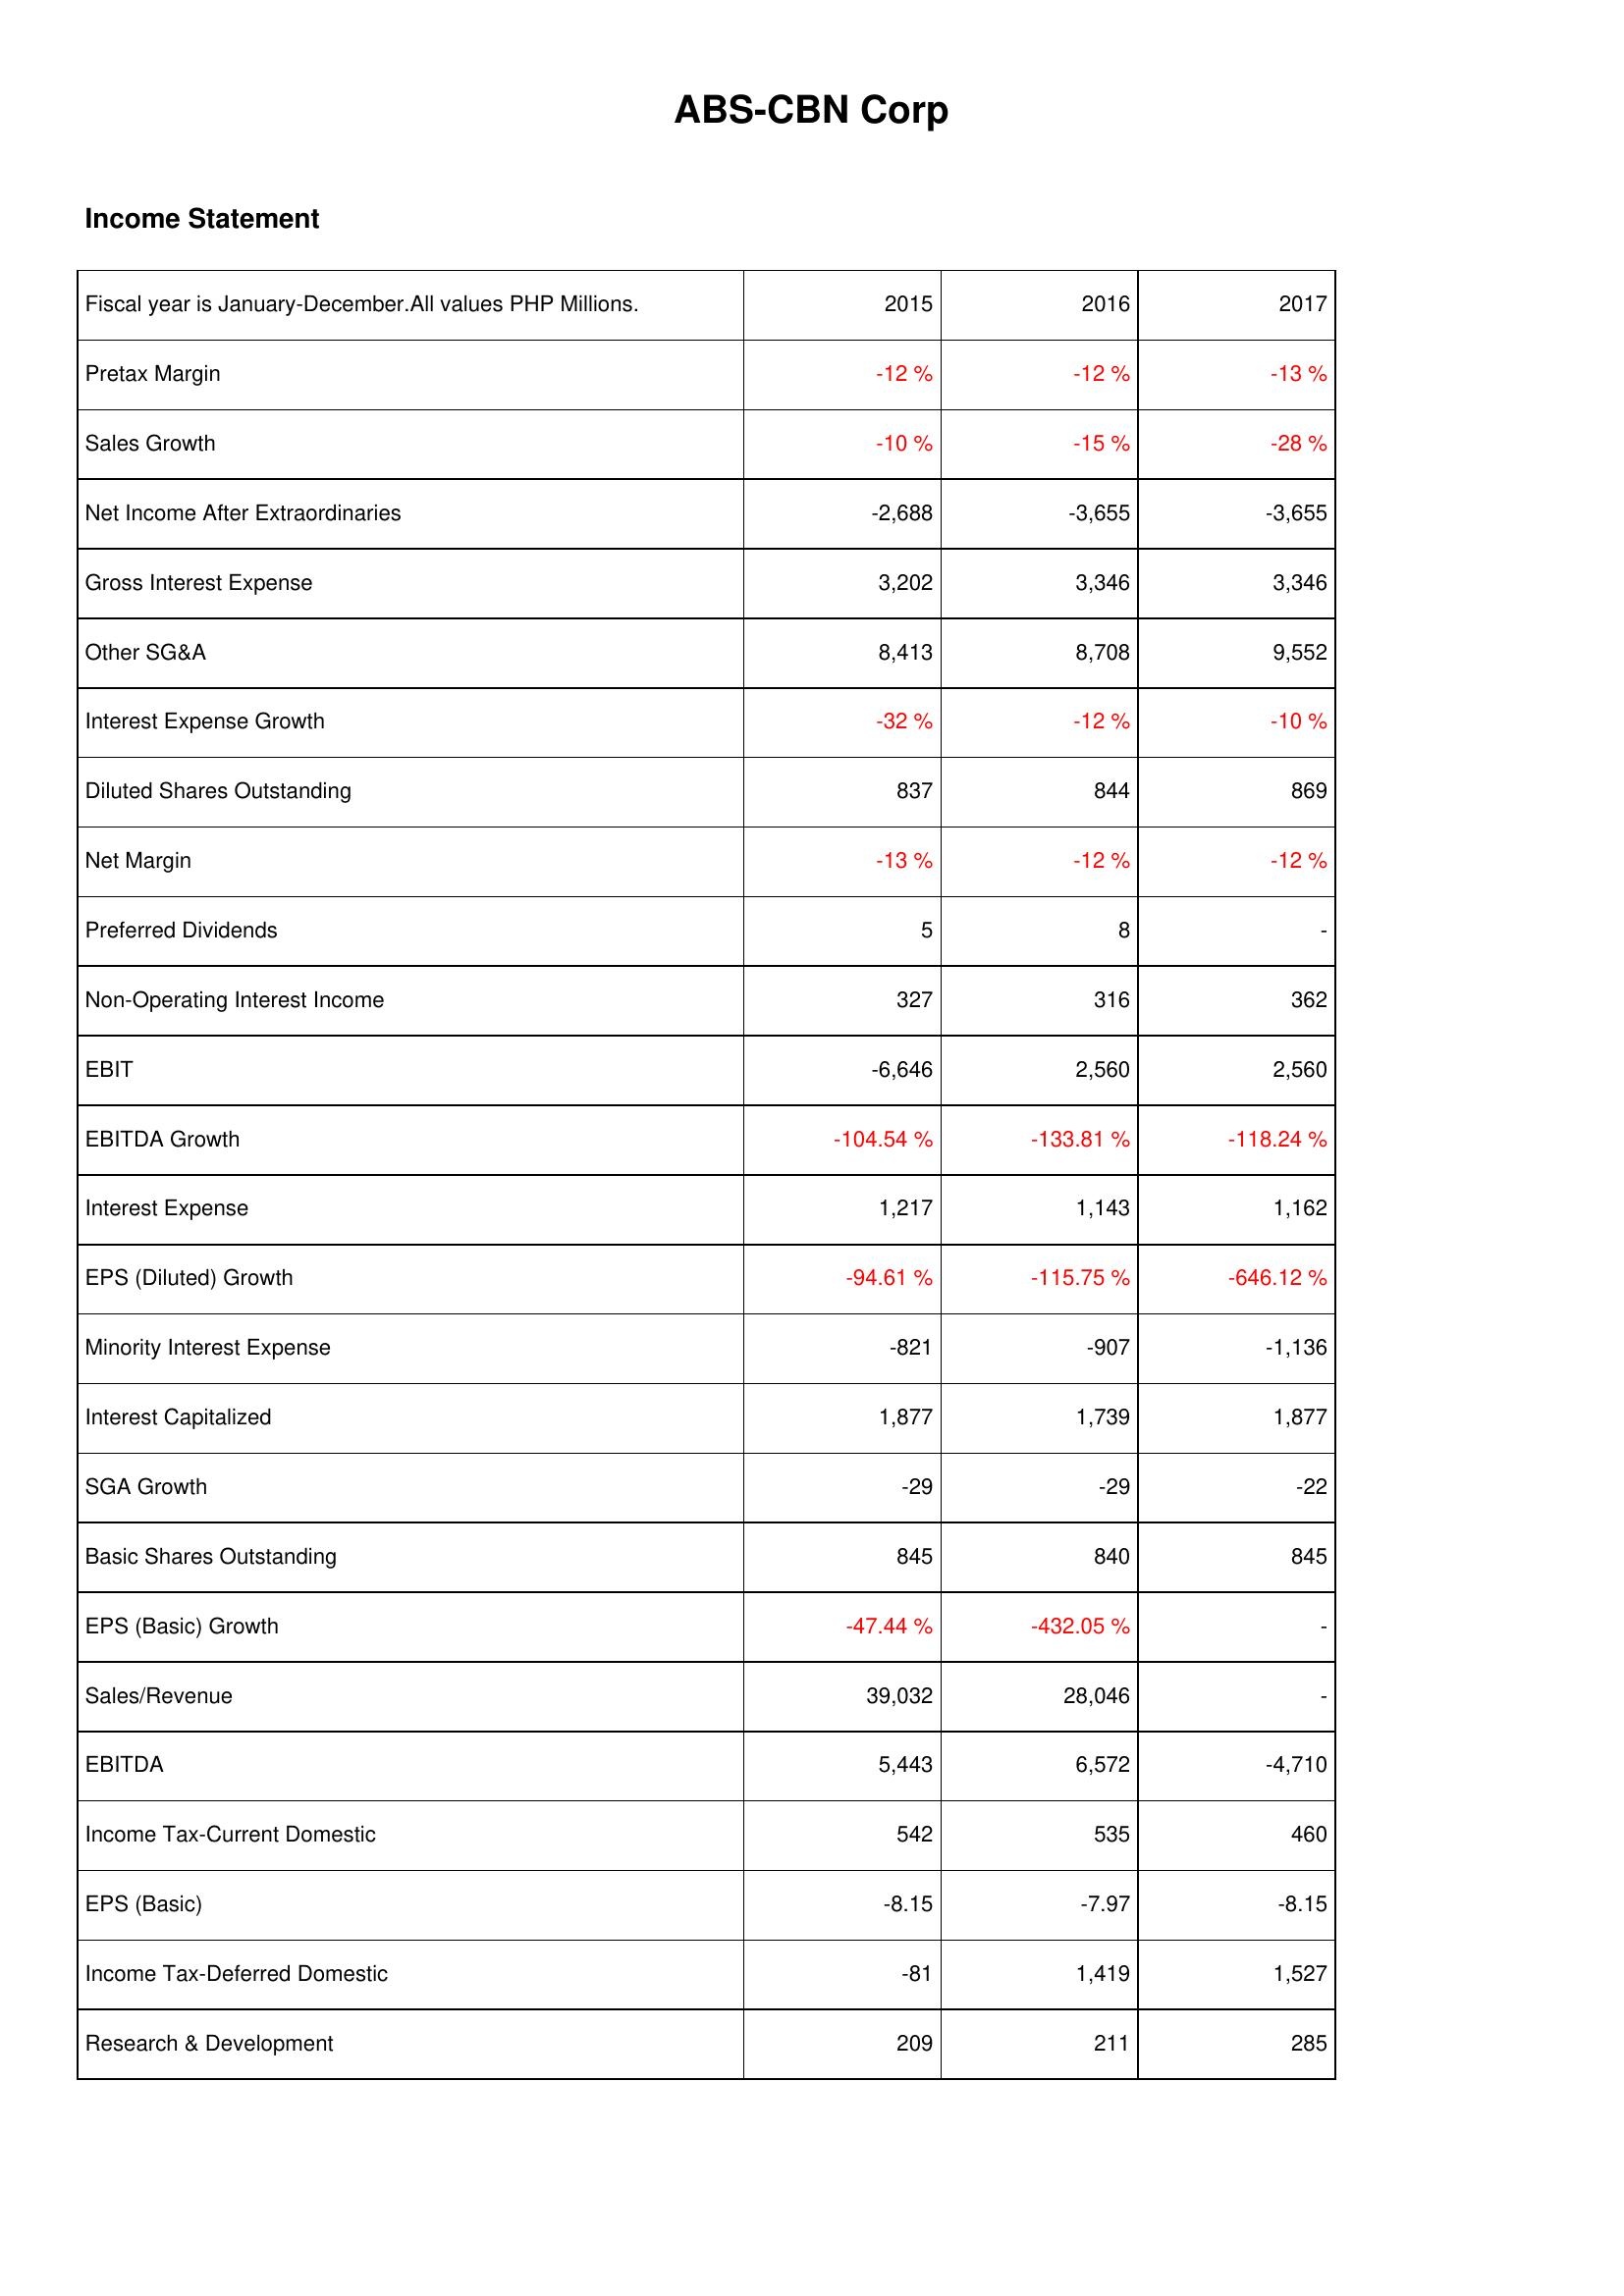
2015: Income Statement: Pretax Margin: -12 %
Sales Growth: -10 %
Net Income After Extraordinaries: -2,688
Gross Interest Expense: 3,202
Other SG&A: 8,413
Interest Expense Growth: -32 %
Diluted Shares Outstanding: 837
Net Margin: -13 %
Preferred Dividends: 5
Non-Operating Interest Income: 327
EBIT: -6,646
EBITDA Growth: -104.54 %
Interest Expense: 1,217
EPS (Diluted) Growth: -94.61 %
Minority Interest Expense: -821
Interest Capitalized: 1,877
SGA Growth: -29
Basic Shares Outstanding: 845
EPS (Basic) Growth: -47.44 %
Sales/Revenue: 39,032
EBITDA: 5,443
Income Tax-Current Domestic: 542
EPS (Basic): -8.15
Income Tax-Deferred Domestic: -81
Research & Development: 209
2016: Income Statement: Pretax Margin: -12 %
Sales Growth: -15 %
Net Income After Extraordinaries: -3,655
Gross Interest Expense: 3,346
Other SG&A: 8,708
Interest Expense Growth: -12 %
Diluted Shares Outstanding: 844
Net Margin: -12 %
Preferred Dividends: 8
Non-Operating Interest Income: 316
EBIT: 2,560
EBITDA Growth: -133.81 %
Interest Expense: 1,143
EPS (Diluted) Growth: -115.75 %
Minority Interest Expense: -907
Interest Capitalized: 1,739
SGA Growth: -29
Basic Shares Outstanding: 840
EPS (Basic) Growth: -432.05 %
Sales/Revenue: 28,046
EBITDA: 6,572
Income Tax-Current Domestic: 535
EPS (Basic): -7.97
Income Tax-Deferred Domestic: 1,419
Research & Development: 211
2017: Income Statement: Pretax Margin: -13 %
Sales Growth: -28 %
Net Income After Extraordinaries: -3,655
Gross Interest Expense: 3,346
Other SG&A: 9,552
Interest Expense Growth: -10 %
Diluted Shares Outstanding: 869
Net Margin: -12 %
Preferred Dividends: -
Non-Operating Interest Income: 362
EBIT: 2,560
EBITDA Growth: -118.24 %
Interest Expense: 1,162
EPS (Diluted) Growth: -646.12 %
Minority Interest Expense: -1,136
Interest Capitalized: 1,877
SGA Growth: -22
Basic Shares Outstanding: 845
EPS (Basic) Growth: -
Sales/Revenue: -
EBITDA: -4,710
Income Tax-Current Domestic: 460
EPS (Basic): -8.15
Income Tax-Deferred Domestic: 1,527
Research & Development: 285